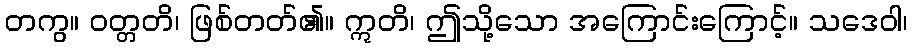
တကွ။ ဝတ္တတိ၊ ဖြစ်တတ်၏။ ဣတိ၊ ဤသို့သော အကြောင်းကြောင့်။ သဒေဝါ၊